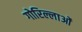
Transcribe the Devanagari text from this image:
गोरिल्लाओं